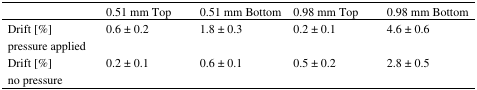
<table><thead><tr><td></td><td><b>0.51 mm Top</b></td><td><b>0.51 mm Bottom</b></td><td><b>0.98 mm Top</b></td><td><b>0.98 mm Bottom</b></td></tr></thead><tbody><tr><td>Drift [%] pressure applied</td><td>0.6 ± 0.2</td><td>1.8 ± 0.3</td><td>0.2 ± 0.1</td><td>4.6 ± 0.6</td></tr><tr><td>Drift [%] no pressure</td><td>0.2 ± 0.1</td><td>0.6 ± 0.1</td><td>0.5 ± 0.2</td><td>2.8 ± 0.5</td></tr></tbody></table>